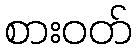
စားဝတ်